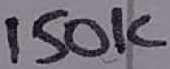
Text: 150K